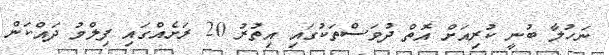
ނަހުލާ ބުނީ ކުރިއަށް އޮތް ދުވަސްތަކުގައި އިތުރު 20 ރަށެއްގައި ފިލްމު ދައްކަން